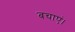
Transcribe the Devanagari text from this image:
बचाएं।